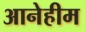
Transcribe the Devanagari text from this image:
आनेहीम